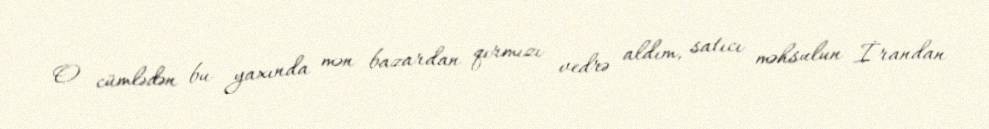
O cümlədən bu yaxında mən bazardan qırmızı vedrə aldım, satıcı məhsulun İrandan